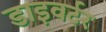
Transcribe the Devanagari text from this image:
डाइवर्टर